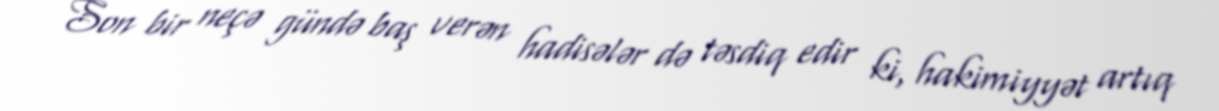
Son bir neçə gündə baş verən hadisələr də təsdiq edir ki, hakimiyyət artıq